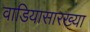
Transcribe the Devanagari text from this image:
वाडियासारख्या